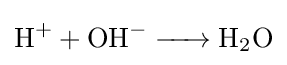
{\ce {H+ + OH^- -> H2O}}